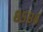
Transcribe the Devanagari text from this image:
८५८६